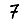
Digit: 7